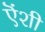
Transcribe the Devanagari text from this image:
ऎंशी